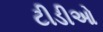
ટીડીઓ